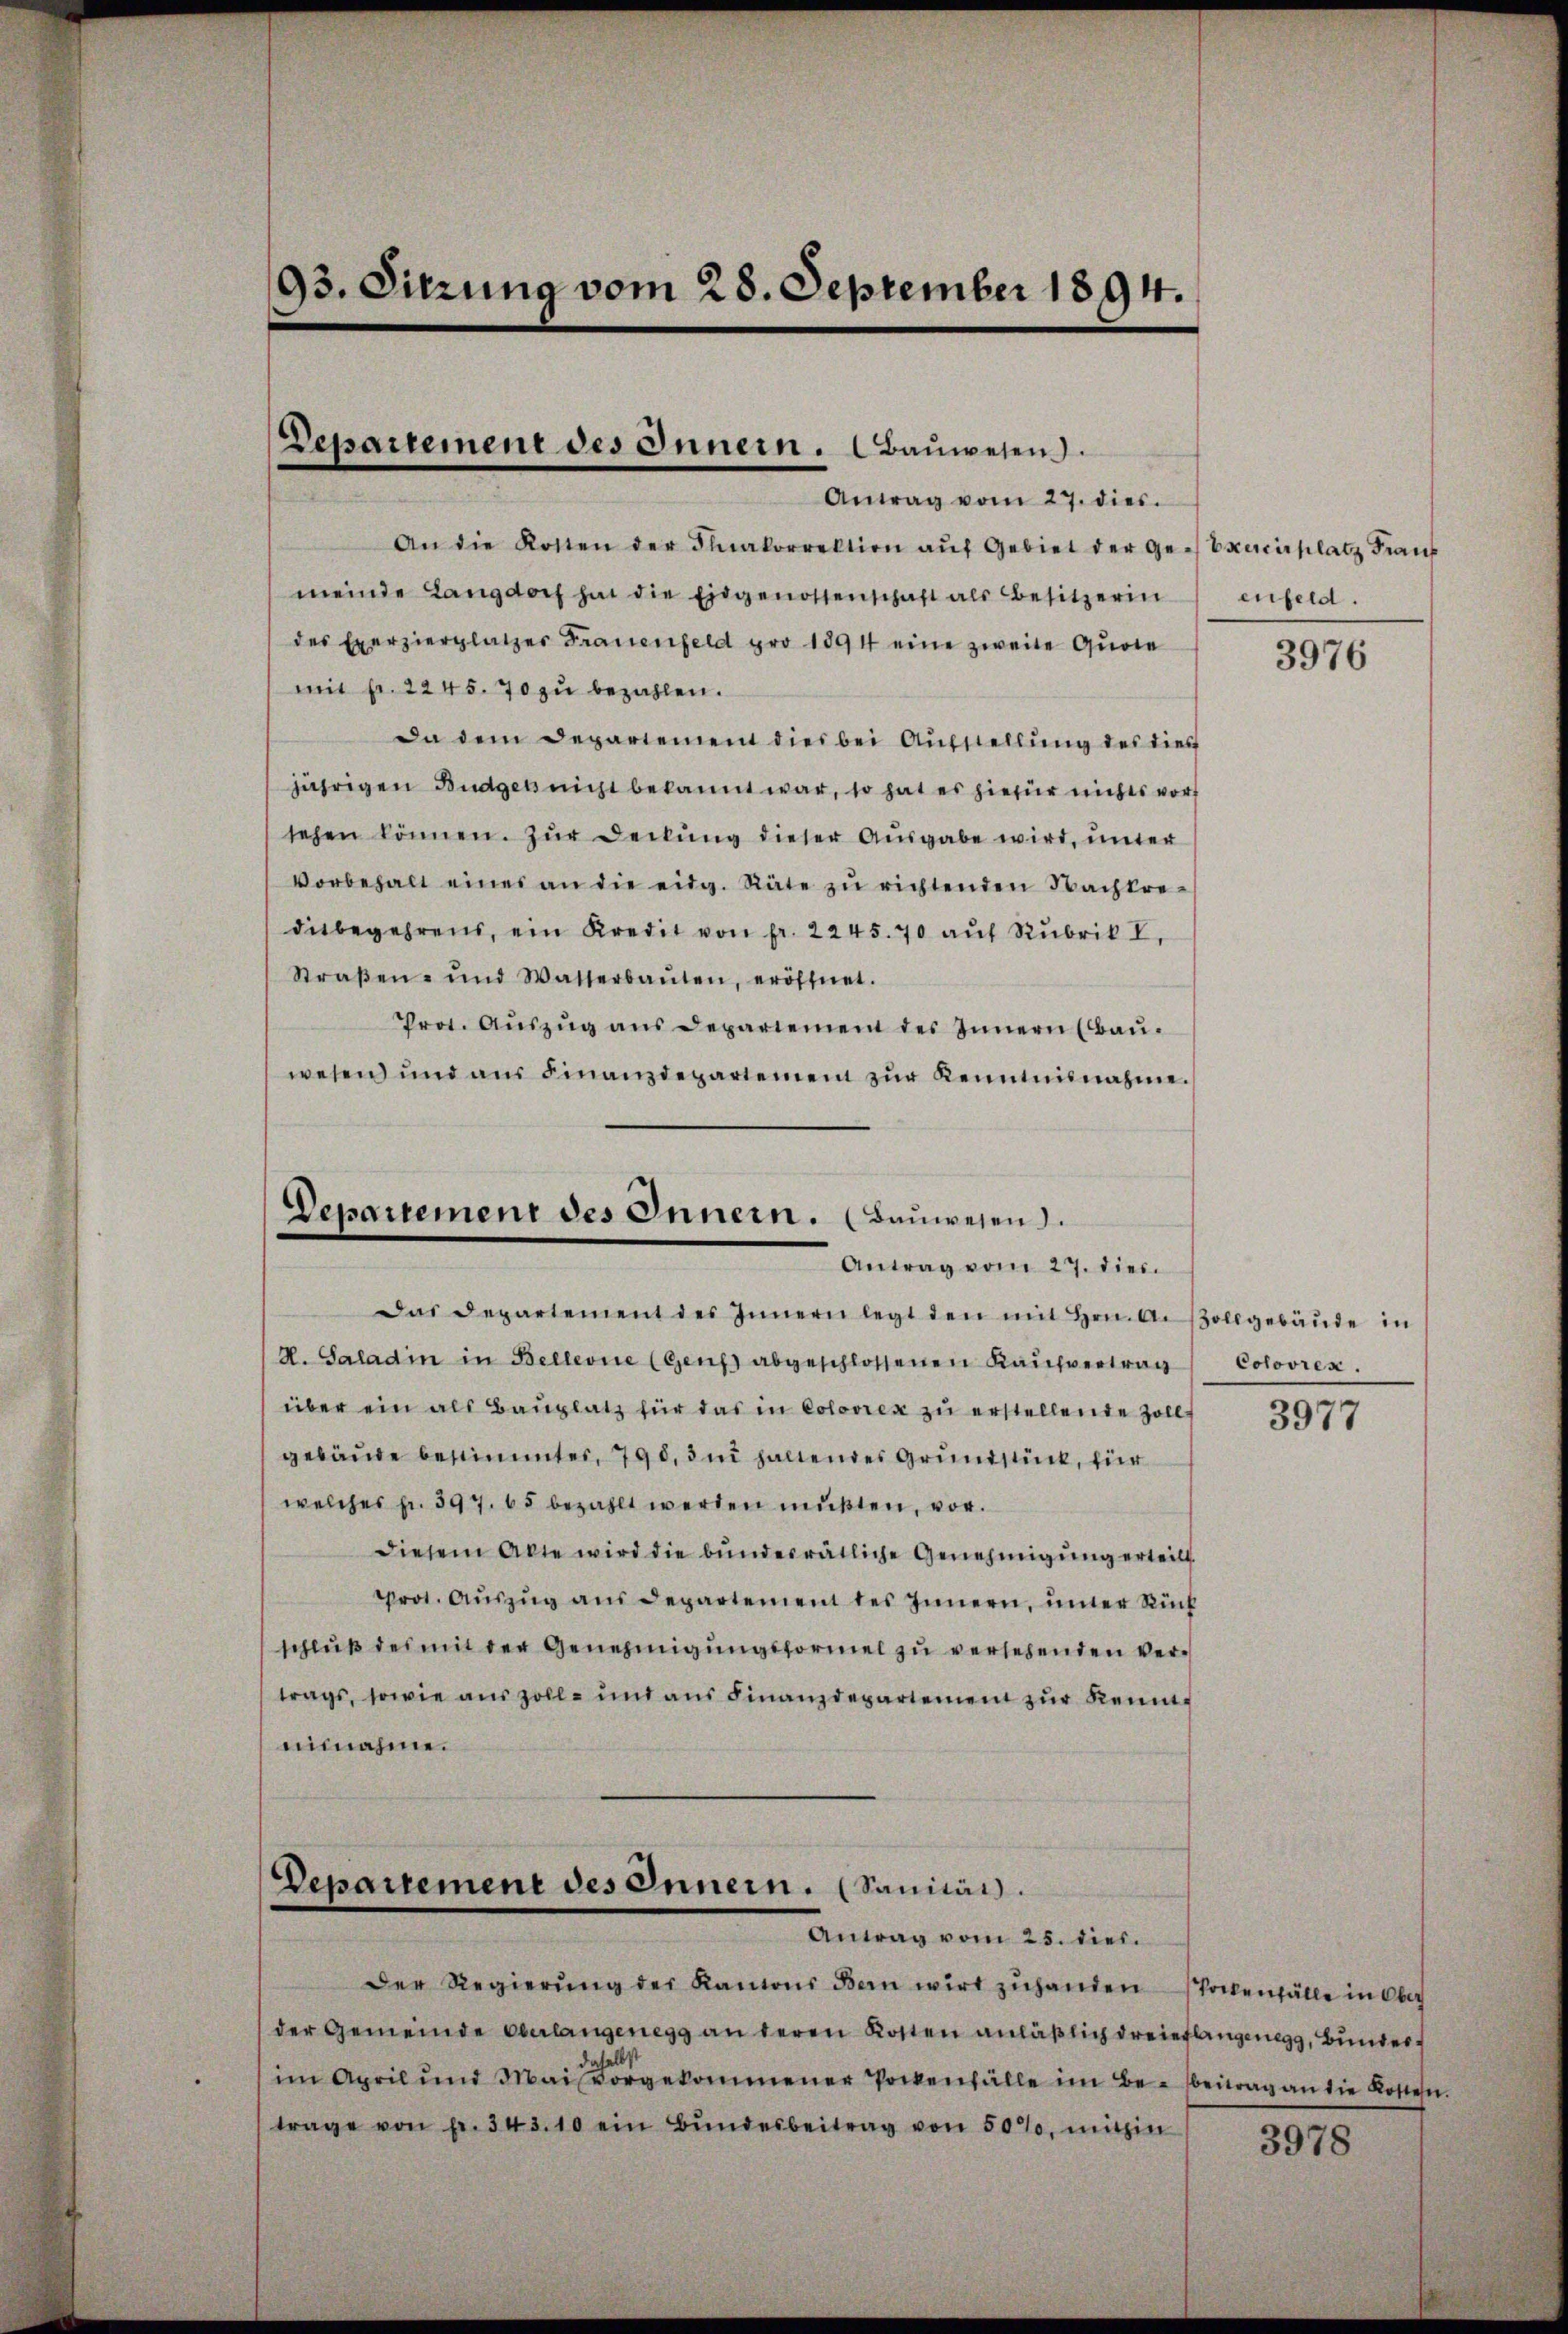
93. Sitzung vom 28. September 1894.

Departement des Innern. Bauwesen.
Antrag vom 27. dies

An die Kosten der Fakorrektion aŭf Gebiet der Gebracieplatz Krauf
meinde Langdorf hat die Eidgenossenschaft als Besitzerin
des Exerzierplatzer Frauenfeld pro 1894 eine zweite Quote
mit fr. 2245. 70 zu bezahlen.
Da dem Departement dies bei Aufstellung des dies
jährigen Budget nicht bekannt war, so hat es hiefür nichts vor
sehen können. Zur Deckung dieser Ausgabe wird, unter
Vorbehalt eines an die eidg. Räte zŭ richtenden Nachtre-
ditbegehrens, ein Kredit von fr. 2245. 70 aŭf Rubrik I.
Straβen- und Wasserbaŭten, eröffnet.
Prot. Auszug aus Departement des Innern (Bau.
wesen und aŭs Finanzdepartement zŭr Kenntnisnahme.

Departement des Innern. (Bauwesen.
Antrag vom 27. dies

Das Departement des Innern legt den mit Hrn. An sollgebäŭde in
H. Saladin in Bellevue (Genf abgeschlossenen Kaufvertrag
über ein als Bauplatz für das in Coloren zu erstellende Zoll 397
gebäude bestimmtes, 790,3m haltendes Grundstück, für
welches fr. 397. 65 bezahlt werden mußten, vor.
diesem Akte wird die bŭndesrätliche Genehmigŭng erteilt.
Prot. Aŭszŭg aŭs Departement des Innern, unter Rück
schluß der mit der Genehmigungsformel zu versehenden Vertrags, sowie auszoll- und ans Finanzdepartemen zŭr Kennteinnahme.

Departemene des Innern. (Sanität.
Antrag vom 25. dies.

enfeld.

Der Regierŭng der Kantons Bern wird zŭhanden stockenfälle in Ober
der Gemeinde Oberlangenegg an deren Kosten anläßlich dreieslangenegg, Bunder
(im April und Mai vorgekommener Pockenfälle im Be- beitrag an die Kosten.
trage von fr. 343. 10 ein Bŭndesbeitrag von 50%, mithin

3976

Colovrex.

3978